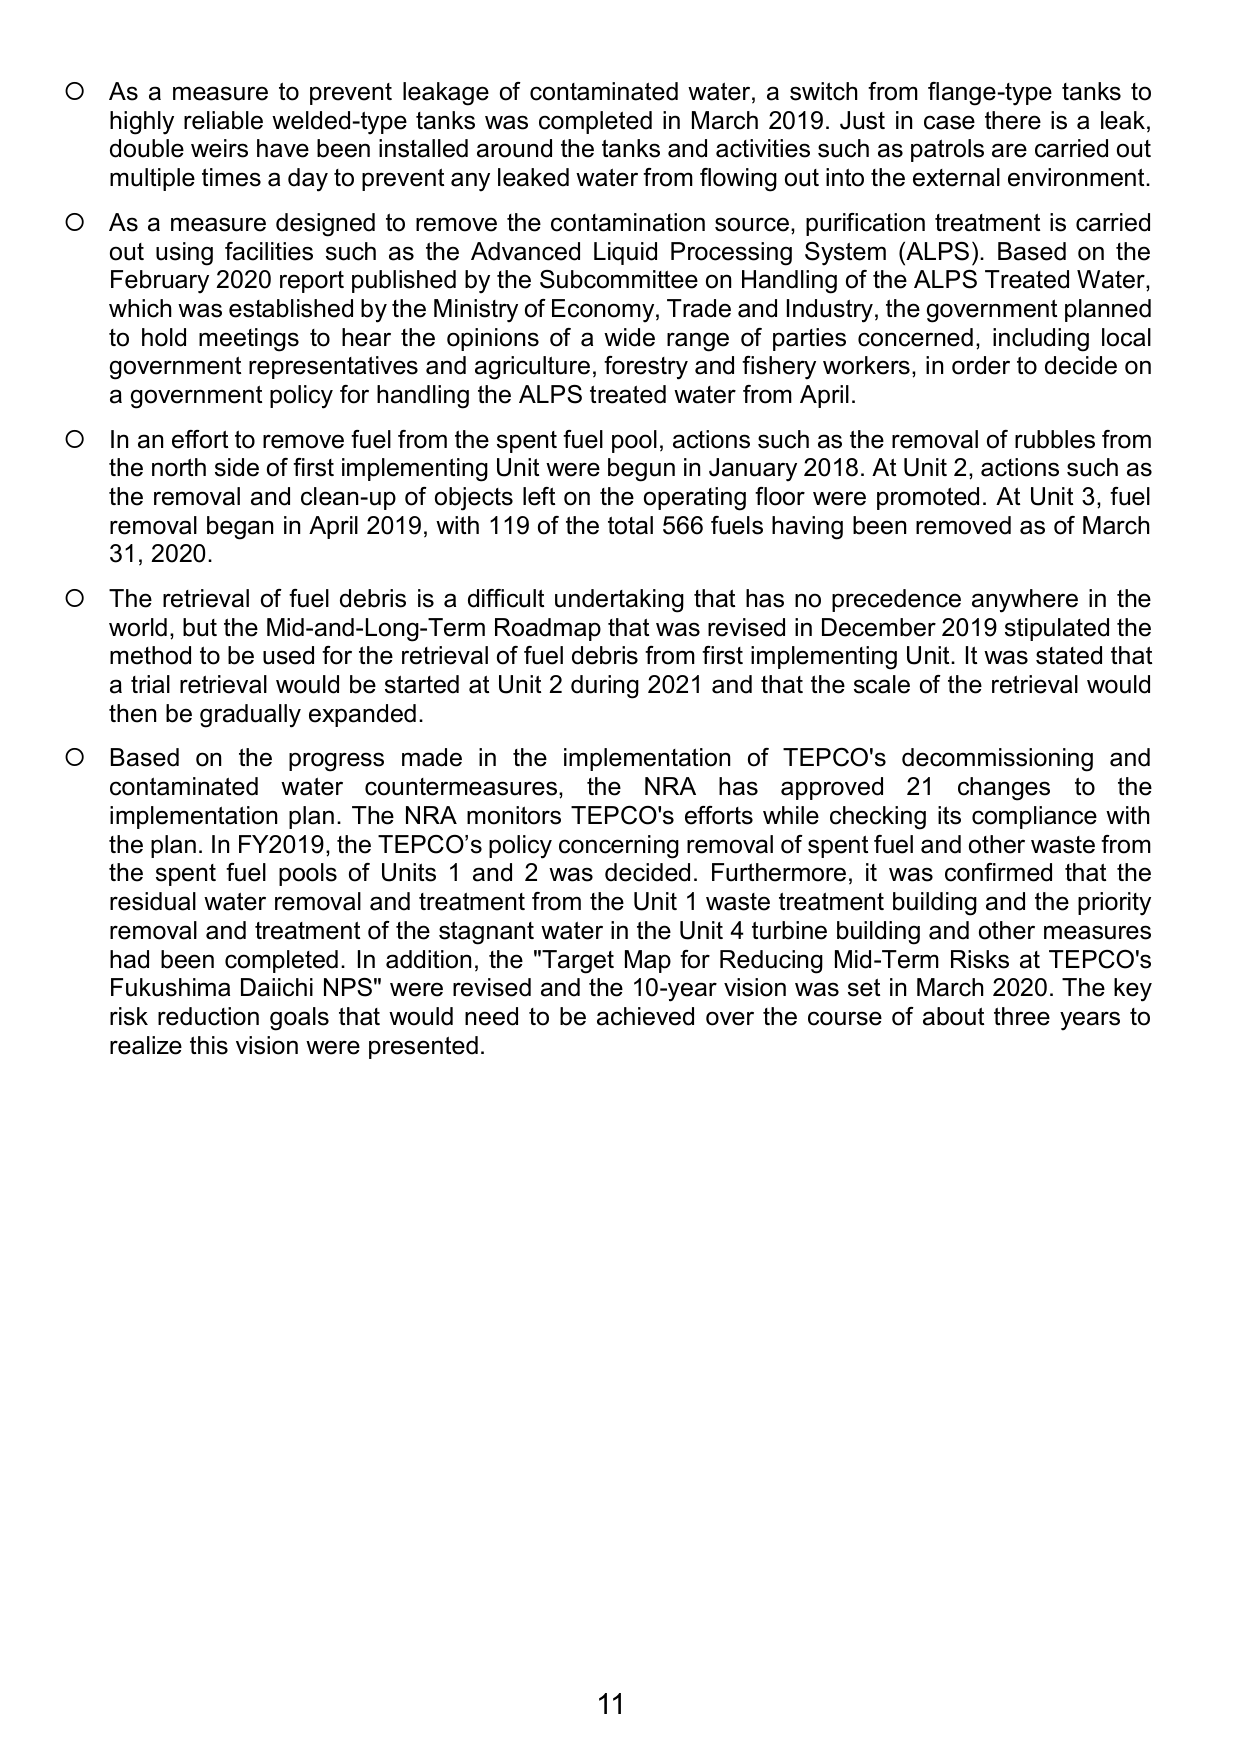
○ As a measure to prevent leakage of contaminated water, a switch from flange-type tanks to highly reliable welded-type tanks was completed in March 2019. Just in case there is a leak, double weirs have been installed around the tanks and activities such as patrols are carried out multiple times a day to prevent any leaked water from flowing out into the external environment.

○ As a measure designed to remove the contamination source, purification treatment is carried out using facilities such as the Advanced Liquid Processing System (ALPS). Based on the February 2020 report published by the Subcommittee on Handling of the ALPS Treated Water, which was established by the Ministry of Economy, Trade and Industry, the government planned to hold meetings to hear the opinions of a wide range of parties concerned, including local government representatives and agriculture, forestry and fishery workers, in order to decide on a government policy for handling the ALPS treated water from April.

○ In an effort to remove fuel from the spent fuel pool, actions such as the removal of rubbles from the north side of first implementing Unit were begun in January 2018. At Unit 2, actions such as the removal and clean-up of objects left on the operating floor were promoted. At Unit 3, fuel removal began in April 2019, with 119 of the total 566 fuels having been removed as of March 31, 2020.

○ The retrieval of fuel debris is a difficult undertaking that has no precedence anywhere in the world, but the Mid-and-Long-Term Roadmap that was revised in December 2019 stipulated the method to be used for the retrieval of fuel debris from first implementing Unit. It was stated that a trial retrieval would be started at Unit 2 during 2021 and that the scale of the retrieval would then be gradually expanded.

○ Based on the progress made in the implementation of TEPCO's decommissioning and contaminated water countermeasures, the NRA has approved 21 changes to the implementation plan. The NRA monitors TEPCO's efforts while checking its compliance with the plan. In FY2019, the TEPCO's policy concerning removal of spent fuel and other waste from the spent fuel pools of Units 1 and 2 was decided. Furthermore, it was confirmed that the residual water removal and treatment from the Unit 1 waste treatment building and the priority removal and treatment of the stagnant water in the Unit 4 turbine building and other measures had been completed. In addition, the "Target Map for Reducing Mid-Term Risks at TEPCO's Fukushima Daiichi NPS" were revised and the 10-year vision was set in March 2020. The key risk reduction goals that would need to be achieved over the course of about three years to realize this vision were presented.

11